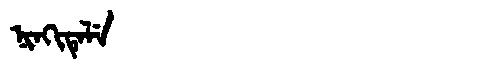
Manchu: ᠨᡳᠨᡴᡳᡨᡝᠯᡝ
Romanization: NINKITELE